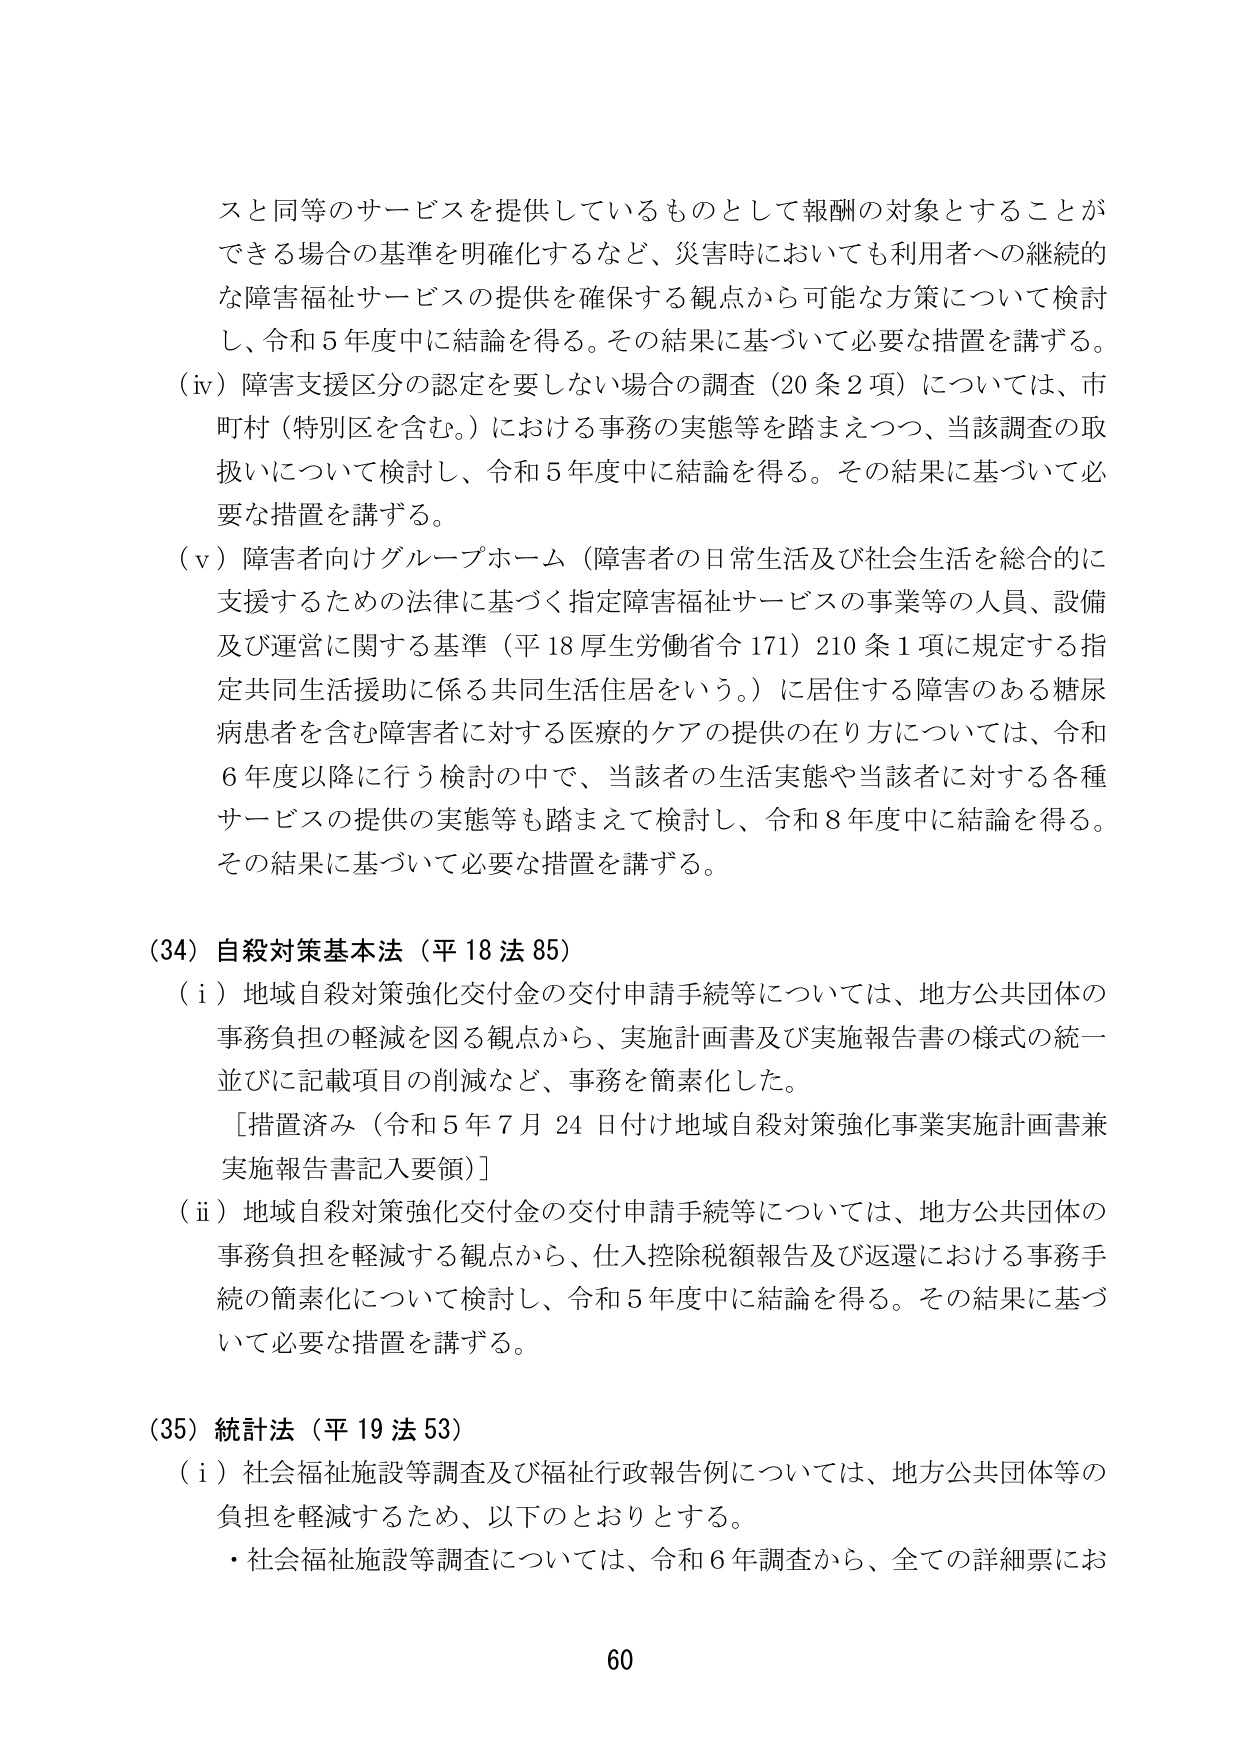
スと同等のサービスを提供しているものとして報酬の対象とすることが
できる場合の基準を明確化するなど、災害時においても利用者への継続的
な障害福祉サービスの提供を確保する観点から可能な方策について検討
し、令和５年度中に結論を得る。その結果に基づいて必要な措置を講ずる。
（iv）障害支援区分の認定を要しない場合の調査（20条2項）については、市
町村（特別区を含む。）における事務の実態等を踏まえつつ、当該調査の取
扱いについて検討し、令和５年度中に結論を得る。その結果に基づいて必
要な措置を講ずる。
（v）障害者向けグループホーム（障害者の日常生活及び社会生活を総合的に
支援するための法律に基づく指定障害福祉サービスの事業等の人員、設備
及び運営に関する基準（平18厚生労働省令171）210条1項に規定する指
定共同生活援助に係る共同生活住居をいう。）に居住する障害のある糖尿
病患者を含む障害者に対する医療的ケアの提供の在り方については、令和
６年度以降に行う検討の中で、当該者の生活実態や当該者に対する各種
サービスの提供の実態等も踏まえて検討し、令和８年度中に結論を得る。
その結果に基づいて必要な措置を講ずる。

（34）自殺対策基本法（平18法85）
（i）地域自殺対策強化交付金の交付申請手続等については、地方公共団体の
事務負担の軽減を図る観点から、実施計画書及び実施報告書の様式の統一
並びに記載項目の削減など、事務を簡素化した。
［措置済み（令和5年7月24日付け地域自殺対策強化事業実施計画書兼
実施報告書記入要領）］
（ii）地域自殺対策強化交付金の交付申請手続等については、地方公共団体の
事務負担を軽減する観点から、仕入控除税額報告及び返還における事務手
続の簡素化について検討し、令和5年度中に結論を得る。その結果に基づ
いて必要な措置を講ずる。

（35）統計法（平19法53）
（i）社会福祉施設等調査及び福祉行政報告例については、地方公共団体等の
負担を軽減するため、以下のとおりとする。
・社会福祉施設等調査については、令和6年調査から、全ての詳細票にお

60